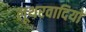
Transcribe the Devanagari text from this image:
लूथरवादियों